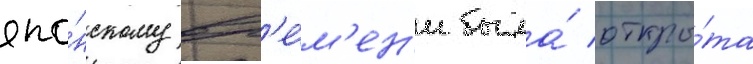
япо́нскому вр'е́м'ен'и была́ откры́та